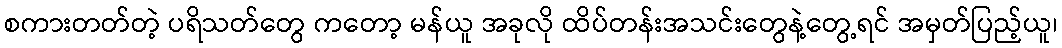
စကားတတ်တဲ့ ပရိသတ်တွေ ကတော့ မန်ယူ အခုလို ထိပ်တန်းအသင်းတွေနဲ့တွေ့ရင် အမှတ်ပြည့်ယူ၊